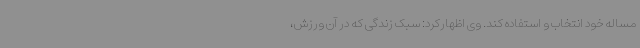
مساله خود انتخاب و استفاده کند. وی اظهارکرد: سبک زندگی که در آن ورزش،